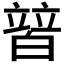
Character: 𤾕